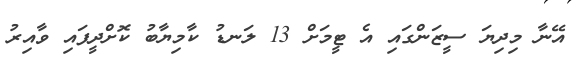
އޭނާ މިދިޔަ ސީޒަންގައި އެ ޓީމަށް 13 ލަނޑު ކާމިޔާބު ކޮށްދީފައި ވާއިރު